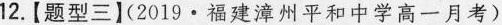
12.【题型三】(2019\cdot 福建漳州平和中学高一月考)